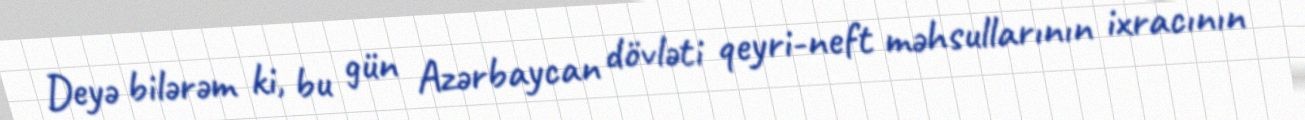
Deyə bilərəm ki, bu gün Azərbaycan dövləti qeyri-neft məhsullarının ixracının